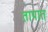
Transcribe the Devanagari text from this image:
तापात